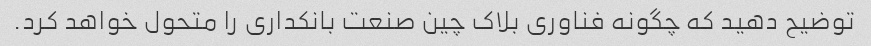
توضیح دهید که چگونه فناوری بلاک چین صنعت بانکداری را متحول خواهد کرد.